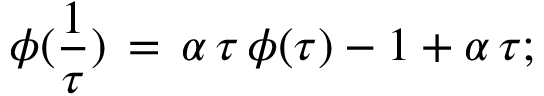
\phi ( \frac { 1 } { \tau } ) \, = \, \alpha \, \tau \, \phi ( \tau ) - 1 + \alpha \, \tau ;